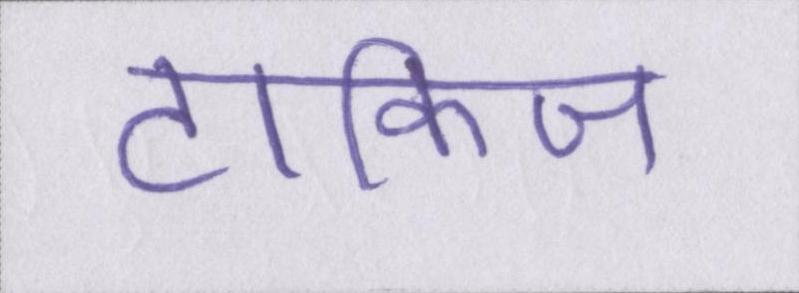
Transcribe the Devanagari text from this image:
टॉकिज